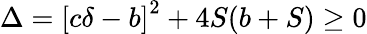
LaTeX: \Delta=\left[c\delta-b\right]^{2}+4S(b+S)\geq 0